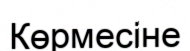
Көрмесіне